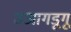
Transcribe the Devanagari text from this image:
उआगडूगू